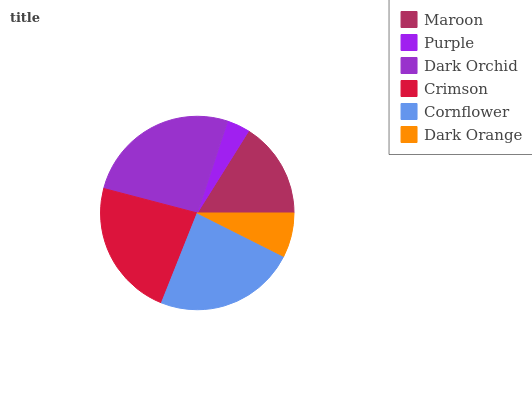
| Maroon | Purple | Dark Orchid | Crimson | Cornflower | Dark Orange |
 | --- | --- | --- | --- | --- | --- |
 | 16.1% | 3.84% | 26% | 23.1% | 23.6% | 7.42% |